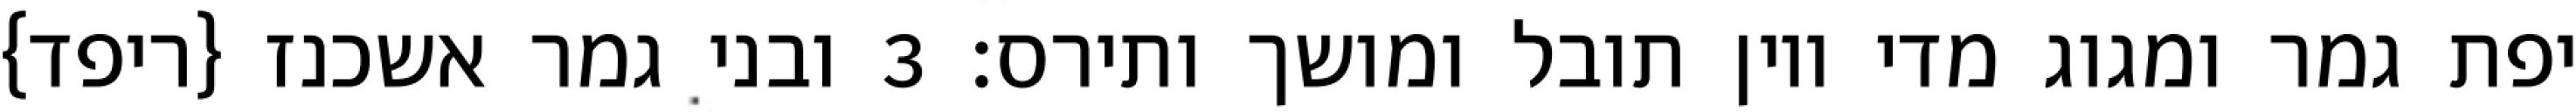
יפת גמר ומגוג מדי ויון תובל ומושך ותירס׃ ‎3‏ ובני גמר אשכנז {ריפד}